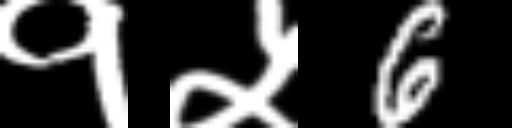
Text: १५6